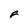
Character: F